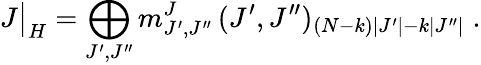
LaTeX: J\bigr|_{H}=\bigoplus_{J^{\prime},J^{\prime\prime}}m_{J^{\prime},J^{\prime\prime}}^{J}\, (J^{\prime},J^{\prime\prime})_{(N-k)|J^{\prime}|-k|J^{\prime\prime}|}\; .